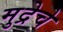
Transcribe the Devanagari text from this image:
मुद्रेचे